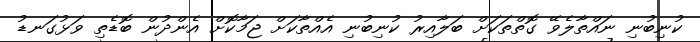
ކުނިބުނި ނައްތާލެވޭ ގޮތްތަކަށް ބަލާއިރު ކުނިބުނި އެއްތާކަށް ޖަމާކޮށް އެންދުން ބޮޑެތި ވަޅުގަނޑު